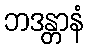
ဘဒန္တာနံ